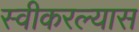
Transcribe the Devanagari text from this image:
स्वीकरल्यास